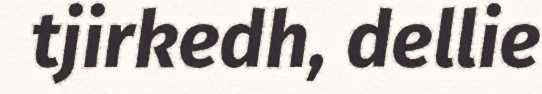
tjirkedh, dellie